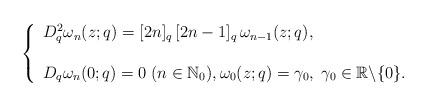
LaTeX: \begin{align*}\left\{ \begin{array}{ll}D_{q}^{2}\omega_n(z;q)= [2n]_q\,[2n-1]_q\, \omega_{n-1}(z;q), & \hbox{} \\\\D_{q}\omega_n(0;q)=0 \; (n\in \mathbb{N}_0), \omega_0(z;q)=\gamma_0, \;\gamma_0\in \mathbb{R}\backslash \{0\}. & \hbox{} \end{array}\right.\end{align*}